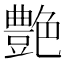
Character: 艶